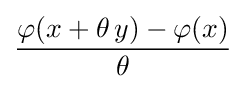
{\frac {\varphi (x+\theta \,y)-\varphi (x)}{\theta }}